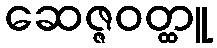
ဆေဇ္ဇဝတ္ထူ